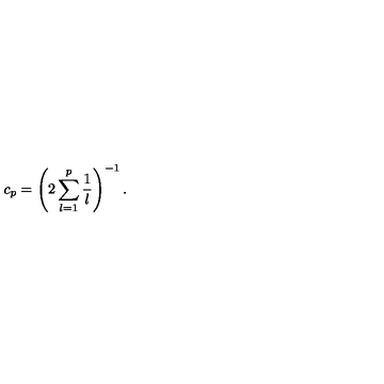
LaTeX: c _ { p } = \left( 2 \sum _ { l = 1 } ^ { p } \frac { 1 } { l } \right) ^ { - 1 } .